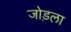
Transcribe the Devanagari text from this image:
जोड़ला